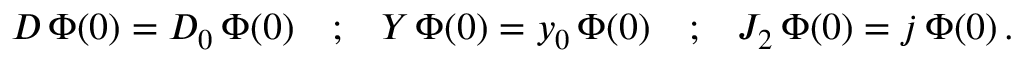
\begin{array} { c c c c c } { { D \, \Phi ( 0 ) = D _ { 0 } \, \Phi ( 0 ) } } & { { ; } } & { { Y \, \Phi ( 0 ) = y _ { 0 } \, \Phi ( 0 ) } } & { { ; } } & { { J _ { 2 } \, \Phi ( 0 ) = j \, \Phi ( 0 ) \, . } } \end{array}